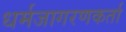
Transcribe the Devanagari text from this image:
धर्मजागरणकर्ता